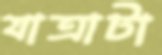
যাত্রাটা